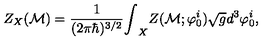
Z _ { X } ( { \cal M } ) = \frac { 1 } { ( 2 \pi \hbar ) ^ { 3 / 2 } } { \int } _ { X } Z ( { \cal M } ; { \varphi } _ { 0 } ^ { i } ) \sqrt { g } d ^ { 3 } { \varphi } _ { 0 } ^ { i } ,